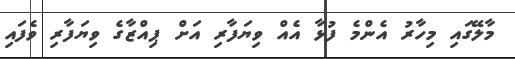
މާލޭގައި މިހާރު އެންމެ ފުޅާ އެއް ވިޔަފާރި އަށް ޕިއްޒާގެ ވިޔަފާރި ވެފައި